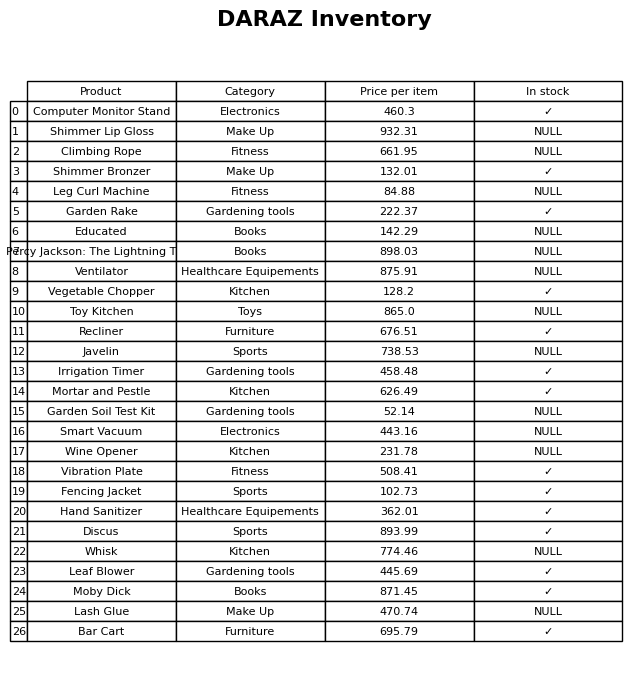
question: What is the price for Irrigation Timer?
answer: The price of Irrigation Timer is 458.48.